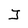
Character: J